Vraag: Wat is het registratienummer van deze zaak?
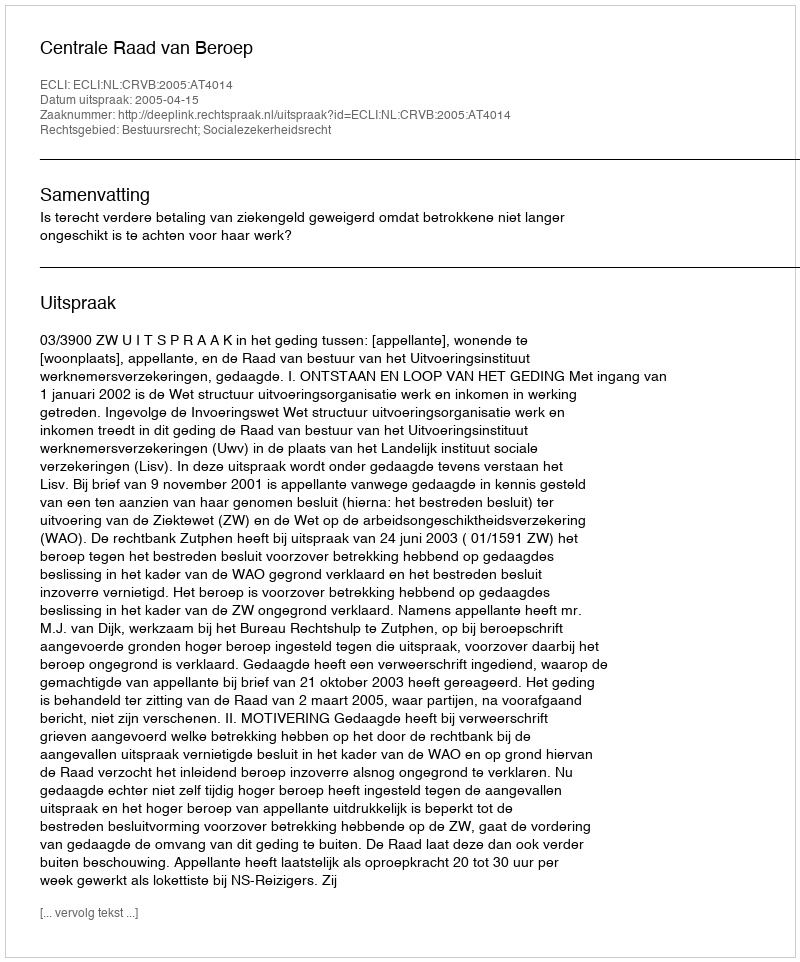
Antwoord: http://deeplink.rechtspraak.nl/uitspraak?id=ECLI:NL:CRVB:2005:AT4014